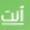
أنت